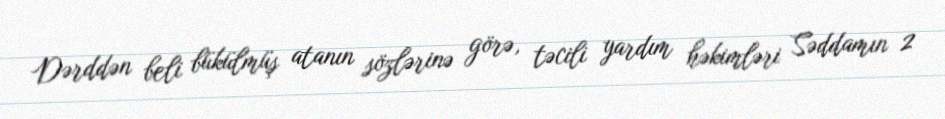
Dərddən beli bükülmüş atanın sözlərinə görə, təcili yardım həkimləri Səddamın 2